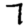
Digit: 7